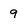
Character: 9